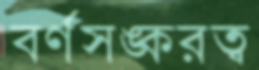
বর্ণসঙ্করত্ব